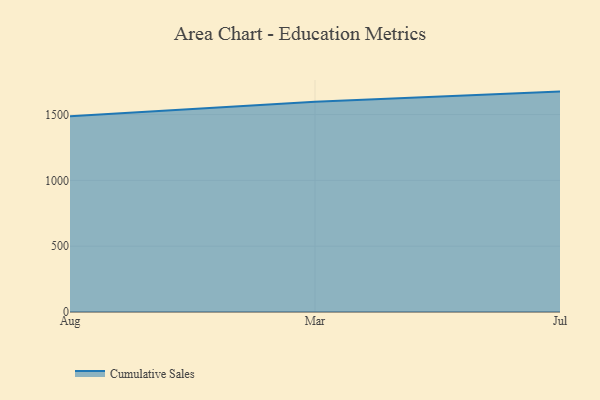
{"axis": {"x": "Month", "y": "Gross Profit (USD K)"}, "legend": ["Cumulative Sales"], "data": [{"x": "Aug", "y": 1487.3, "type": "Cumulative Sales"}, {"x": "Mar", "y": 1597.2, "type": "Cumulative Sales"}, {"x": "Jul", "y": 1674.5, "type": "Cumulative Sales"}]}